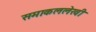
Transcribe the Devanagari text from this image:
समाकललेखी